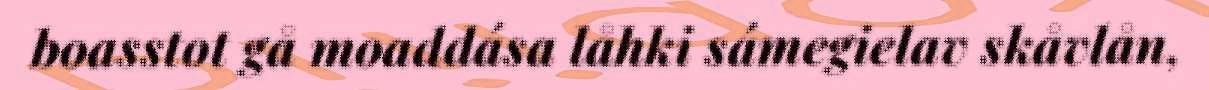
boasstot gå moaddása låhki sámegielav skåvlån,